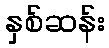
နှစ်ဆန်း